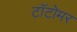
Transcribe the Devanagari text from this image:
टॉटोमर